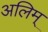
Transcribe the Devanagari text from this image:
अलिम्